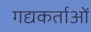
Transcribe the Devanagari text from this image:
गद्यकर्ताओं